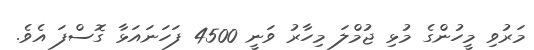
މަރުވި މީހުންގެ މުޅި ޖުމްލަ މިހާރު ވަނީ 4500 ފަހަނައަޅާ ގޮސްފަ އެވެ.